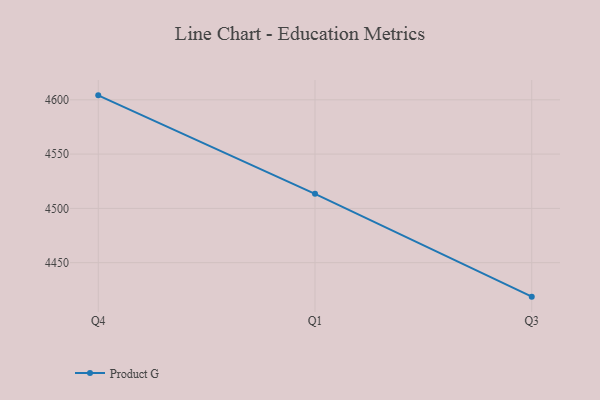
{"axis": {"x": "Quarter", "y": "LTV (USD)"}, "legend": ["Product G"], "data": [{"x": "Q4", "y": 4604.1, "type": "Product G"}, {"x": "Q1", "y": 4513.4, "type": "Product G"}, {"x": "Q3", "y": 4418.7, "type": "Product G"}]}